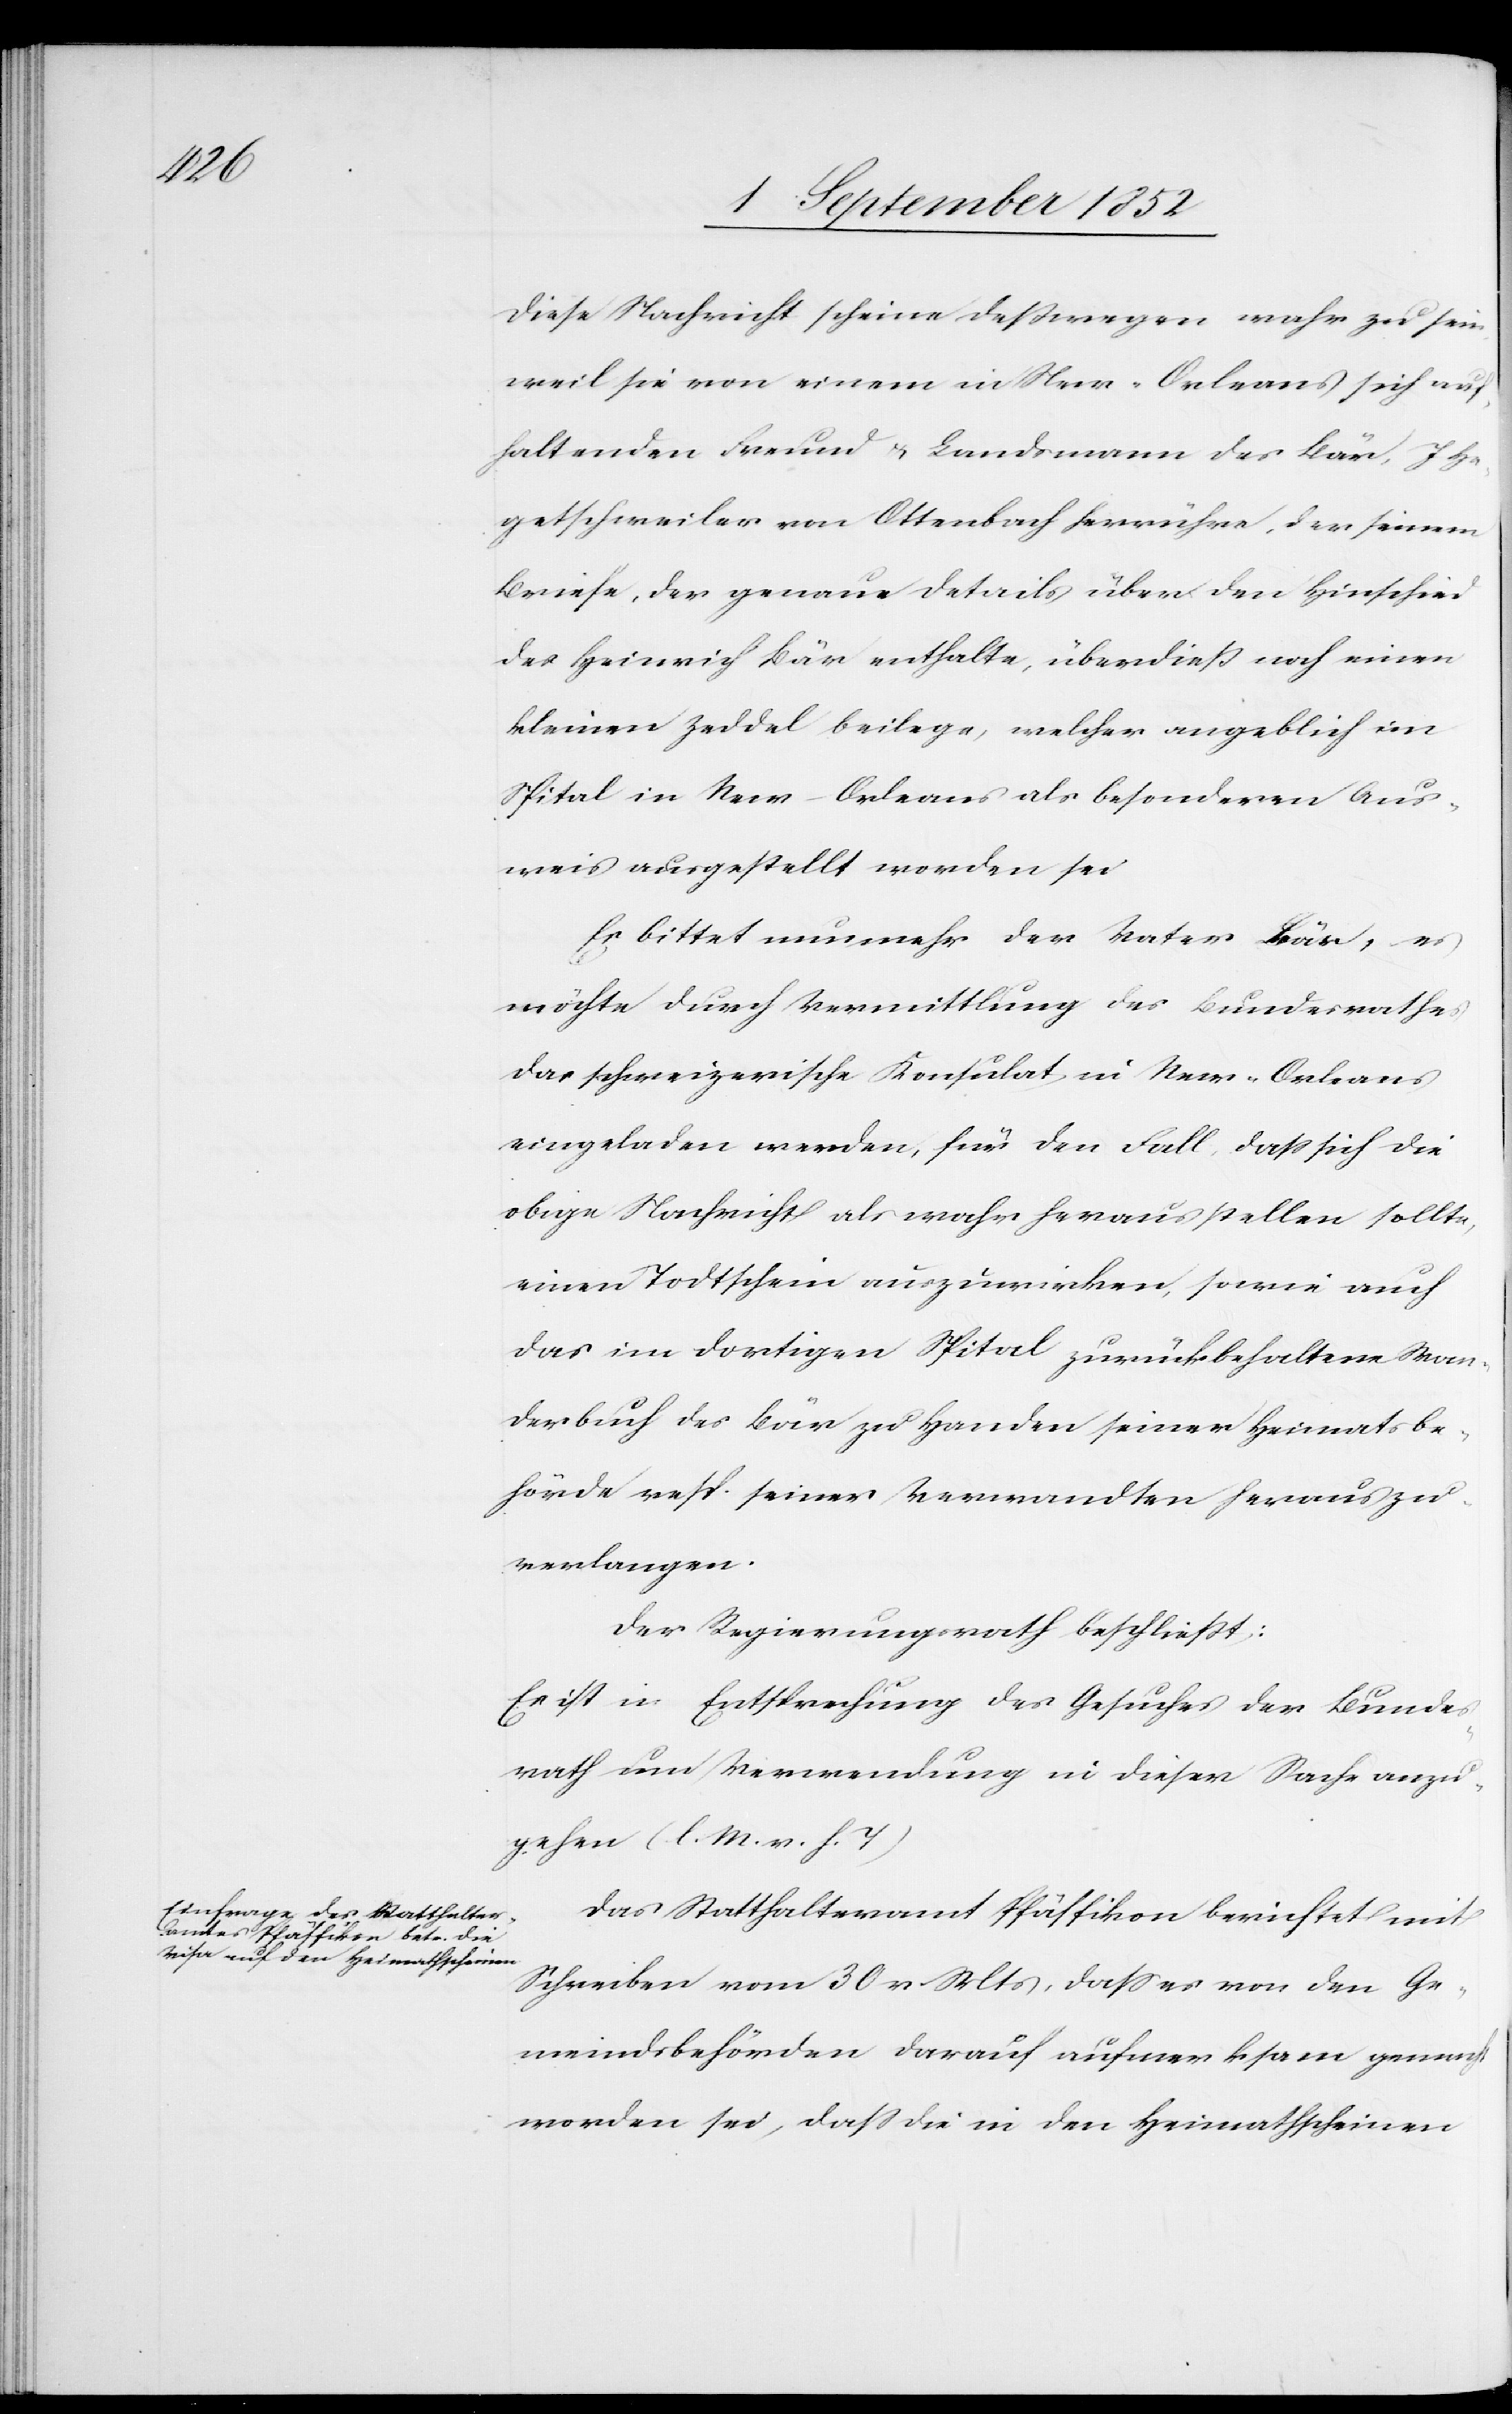
ht

Diese Nachricht scheine deßwegen wahr zu sein,
weil sie von einem in New-Orleans sich auf¬
haltenden Freund & Landsmann des Bär, J He¬
getschweiler von Ottenbach herrühre, der seinem
Briefe, der genaue Details über den Hinschied
des Heinrich Bär enthalte, überdieß noch einen
kleinen Zeddel beilege, welcher angeblich im
Spital in New-Orleans als besonderen Aus¬
weis ausgestellt worden sei
Es bittet nunmehr der Vater Bär, es
möchte durch Vermittlung des Bundesrathes
das schweizerische Konsulat in New-Orleans
eingeladen werden, für den Fall, dass sich die
obige Nachricht als wahr herausstellen sollte,
einen Todtschein auszuwirken, sowie auch
das im dortigen Spital zurückbehaltene Wan¬
derbuch des Bär zu Handen seiner Heimatsbe¬
hörde resp. seiner Verwandten herauszu¬
verlangen.
Der Regierungsrath beschließt:
Es ist in Entsprechung des Gesuches der Bundes¬
rath um Verwendung in dieser Sache anzu¬
gehen (l. M. v. h. T)[.]
Das Statthalteramt Pfäffikon berichtet mit
Schreiben vom 30 v. Mts, dass es von den Ge¬
meindsbehörden darauf aufmerksam gemac¬
worden sei, dass die in den Heimathscheinen